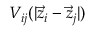
V _ { i j } ( | \vec { z } _ { i } - \vec { z } _ { j } | )